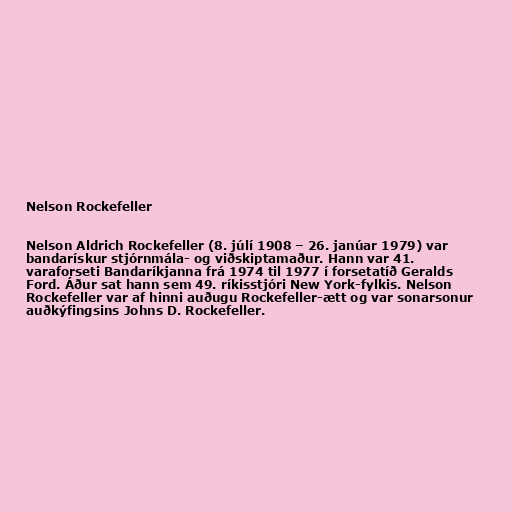
Nelson Rockefeller

Nelson Aldrich Rockefeller (8. júlí 1908 – 26. janúar 1979) var
bandarískur stjórnmála- og viðskiptamaður. Hann var 41.
varaforseti Bandaríkjanna frá 1974 til 1977 í forsetatíð Geralds
Ford. Áður sat hann sem 49. ríkisstjóri New York-fylkis. Nelson
Rockefeller var af hinni auðugu Rockefeller-ætt og var sonarsonur
auðkýfingsins Johns D. Rockefeller.